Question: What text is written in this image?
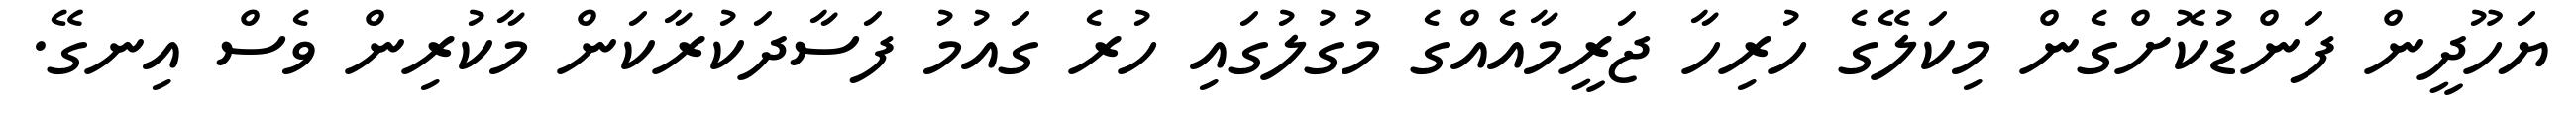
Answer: ޔަހޫދީން ފަންޑުކޮށްގެން މިކަލޭގެ ހުރިހާ ޖަރީމާއެއްގެ މުގުލުގައި ހުރެ ގައުމު ފަސާދަކުރާކަން މާކުރިން ވެސް އިނގޭ.